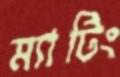
ম্যাটিং